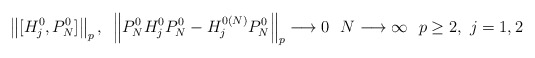
\begin{align*}\left\|[H_j^0,P_N^0]\right\|_p,~\left\|P_N^0H_j^0P_N^0 - H_j^{0(N)}P_N^0\right\|_p \longrightarrow 0 ~~N\longrightarrow \infty ~~ p\geq 2,~ j = 1,2~~ \end{align*}